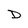
Character: D